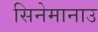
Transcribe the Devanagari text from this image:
सिनेमानाउ